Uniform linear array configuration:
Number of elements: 4
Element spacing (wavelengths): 0.25
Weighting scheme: binomial
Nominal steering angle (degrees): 30
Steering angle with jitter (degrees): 29.897
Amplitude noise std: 0.05
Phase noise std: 0.05

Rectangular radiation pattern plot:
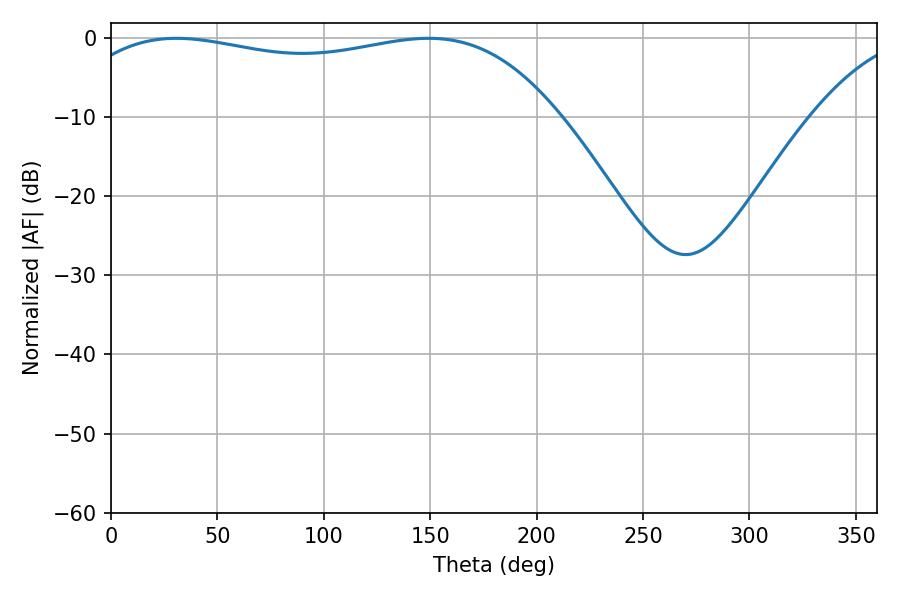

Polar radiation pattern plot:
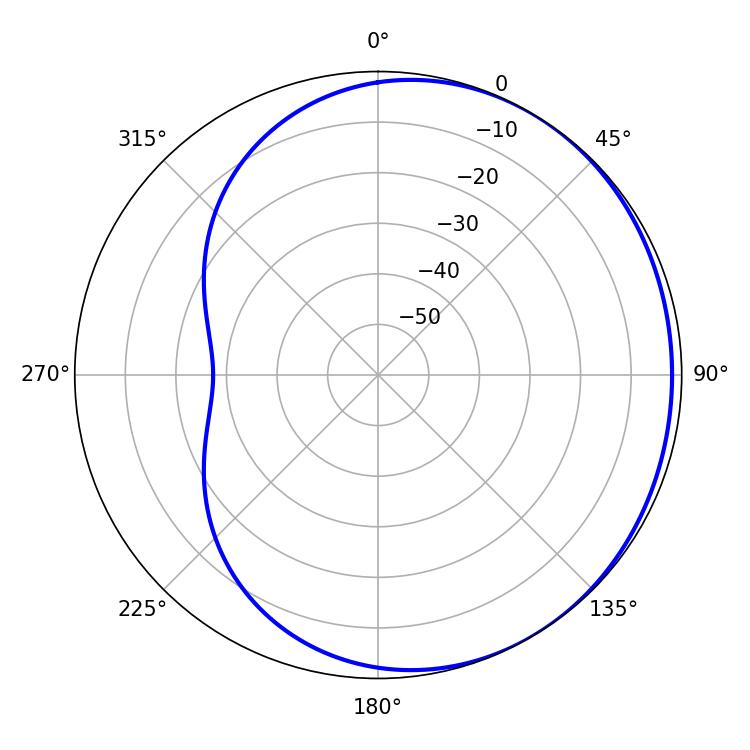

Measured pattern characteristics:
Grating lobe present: FALSE
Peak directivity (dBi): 1.221
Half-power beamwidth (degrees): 185.22
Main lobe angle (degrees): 30.78